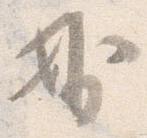
妙